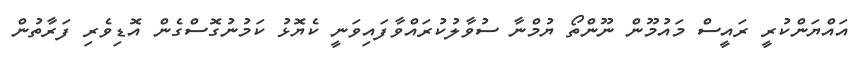
އައްޔަންކުރީ ރައީސް މައުމޫން ނޫންތޯ ޔުމްނާ ސުވާލުކުރައްވާފައިވަނީ ކެޔޮޅު ކަމުނުގޮސްގެން އޮޑިވެރި ފަރާތުން